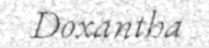
Doxantha